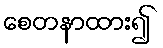
စေတနာထား၍